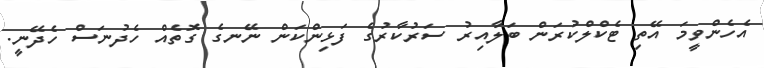
އެހެންވީމަ އޭތި ޓެކްލްކުރަން ބަލާއިރު ސަރުކާރުގެ ފަޅިންކަން ނޭނގެ ގޮތެއް ހެދުނަސް ހެދޭނީ.